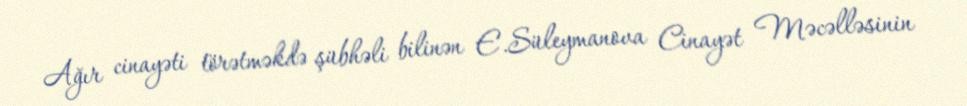
Ağır cinayəti törətməkdə şübhəli bilinən E.Süleymanova Cinayət Məcəlləsinin